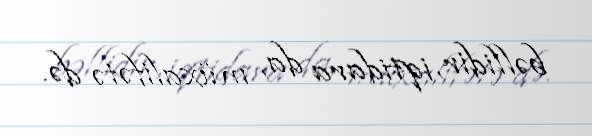
bəllidir, iqtidara da, müxalifətə də.